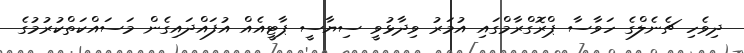
ދިވެހި ޗެނެލްގެ ހަވާސާ ޕްރޮގްރާމްގައި އުމަރު ވިދާޅުވީ ސިޔާސީ ޕާޓީއެއް އުފައްދައިގެން މަސައްކަތްކުރުމުގެ